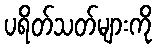
ပရိတ်သတ်များကို